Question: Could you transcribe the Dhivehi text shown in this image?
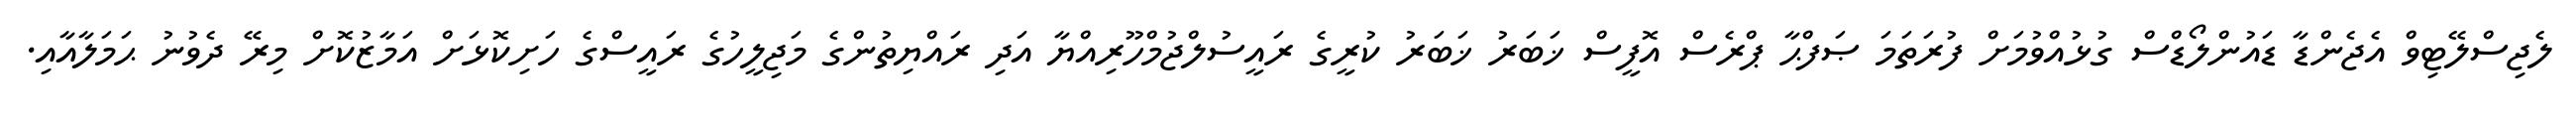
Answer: ލެޖިސްލޭޓިވް އެޖެންޑާ ޑައުންލޯޑްސް ގުޅުއްވުމަށް ފުރަތަމަ ޞަފްޙާ ޕްރެސް އޮފީސް ޚަބަރު ޚަބަރު ކުރީގެ ރައީސުލްޖުމްހޫރިއްޔާ އަދި ރައްޔިތުންގެ މަޖިލީހުގެ ރައީސްގެ ހަށިކޮޅަށް އަމާޒުކޮށް މިރޭ ދެވުނު ޙަމަލާއާއި.